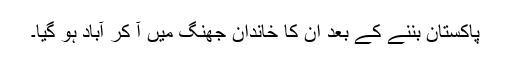
پاکستان بننے کے بعد ان کا خاندان جھنگ میں آ کر آباد ہو گیا۔